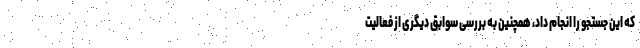
که این جستجو را انجام داد، همچنین به بررسی سوابق دیگری از فعالیت